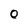
Character: O